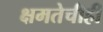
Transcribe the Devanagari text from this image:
क्षमतेचीही